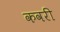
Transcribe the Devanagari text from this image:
कवरी